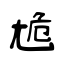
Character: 尯